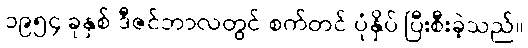
၁၉၅၄ ခုနှစ် ဒီဇင်ဘာလတွင် စက်တင် ပုံနှိပ် ပြီးစီးခဲ့သည်။